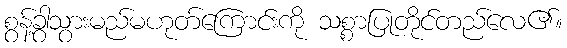
စွန့်ခွာသွားမည်မဟုတ်ကြောင်းကို သစ္စာပြုတိုင်တည်လေ၏။